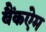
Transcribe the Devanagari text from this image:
बैंकऐम